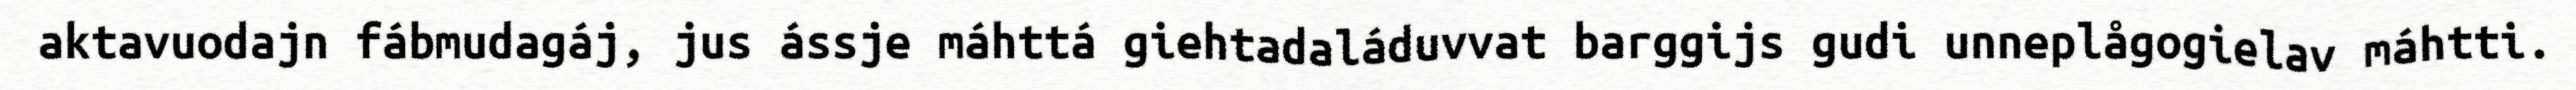
aktavuodajn fábmudagáj, jus ássje máhttá giehtadaláduvvat barggijs gudi unneplågogielav máhtti.